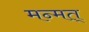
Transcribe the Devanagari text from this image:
मन्मत्